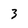
Character: 3